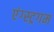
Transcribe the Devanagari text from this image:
एंग्स्ट्रगम